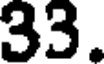
33.